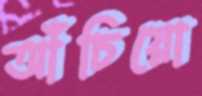
আঁচিয়ো